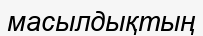
масылдықтың